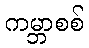
ကမ္ဘာစစ်